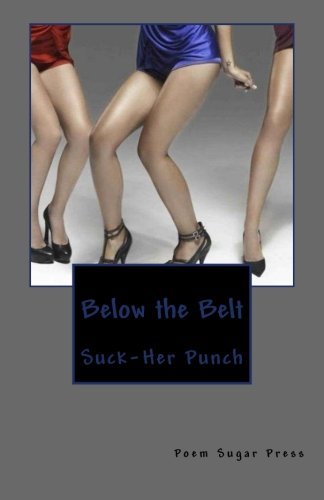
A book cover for Below the Belt: Suck-her Punch; Poem Sugar Press; Romance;